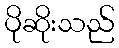
ပိုဆိုးသည်